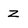
Character: z